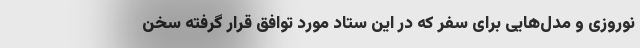
نوروزی و مدل‌هایی برای سفر که در این ستاد مورد توافق قرار گرفته سخن